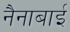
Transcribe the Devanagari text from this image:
नैनाबाई